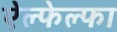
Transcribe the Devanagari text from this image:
ऐल्फेल्फा